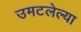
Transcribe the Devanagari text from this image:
उमटलेल्या